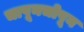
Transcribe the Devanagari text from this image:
चापूनचोपून